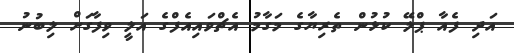
އަދި ފެއާ ޕްލޭ ކުޅުން ތެރިޔާގެ މަގާމު އެޗްވައިއެފްގެ އަލީ ވިފާގަށް ލިބުނު